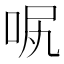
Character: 𠲙